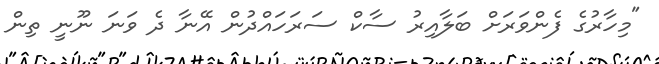
"މިހާރުގެ ފެންވަރަށް ބަލާއިރު ސާކް ސަރަހައްދުން އޭނާ ދެ ވަނަ ނޫނީ ތިން